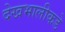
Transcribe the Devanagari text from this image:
देखभालीकडे